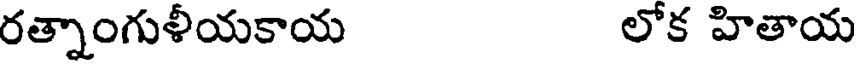
రత్నాంగుళీయకాయ లోక హితాయ